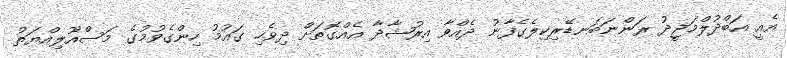
އެއީ އަބްދުލްމަޖީދު ރަންނަބަނޑޭރިކިލެގެފާނު ދެއްވާ އިރުޝާދާ އެއްގޮތަށް ދިވެހި ގައުމު ހިންގެވުމުގެ މަސްއޫލިއްޔަތު